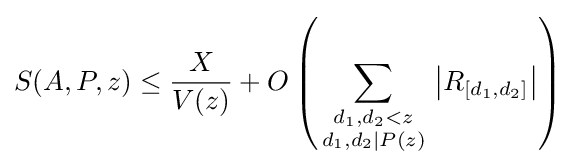
S(A,P,z)\leq {\frac {X}{V(z)}}+O\left({\sum _{\begin{smallmatrix}d_{1},d_{2}<z\\d_{1},d_{2}\mid P(z)\end{smallmatrix}}\left\vert R_{[d_{1},d_{2}]}\right\vert }\right)